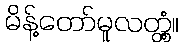
မိန့်တော်မူလတ္တံ့။